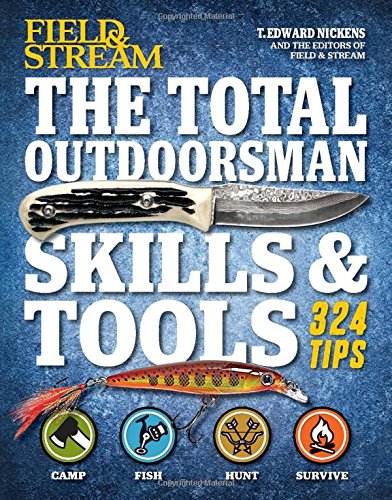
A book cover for The Total Outdoorsman Skills & Tools Manual (Field & Stream): 324 Essential Tips & Tricks; T. Edward Nickens; Reference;